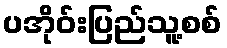
ပအိုဝ်းပြည်သူ့စစ်